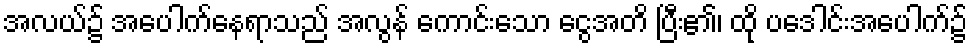
အလယ်၌ အပေါက်နေရာသည် အလွန် ကောင်းသော ငွေအတိ ပြီး၏၊ ထို ပဒေါင်းအပေါက်၌